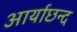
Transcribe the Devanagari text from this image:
आर्याछन्द